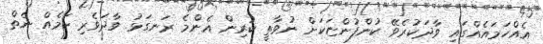
އެއްހަމައެއްގައި ވާދަކުރެވޭ ކުންފުންޏަކަށް ނުވާތީ ކުރިން އެންމެ ރަނގަޅު ވާދަވެރި ކަމެއް ނެތް